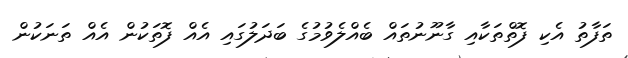
ތަފާތު އެކި ފޮތްތަކާއި ގާނޫނުތައް ބެއްލެވުމުގެ ބަދަލުގައި އެއް ފޮތަކުން އެއް ތަނަކުން